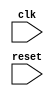
module clock_edge_trigger (
    input wire clk,
    input wire reset
);

reg data;

always @(posedge clk, negedge clk) begin
    // Insert code to be executed on positive or negative clock edge
end

endmodule